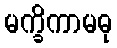
မက္ခိကာမဓု